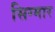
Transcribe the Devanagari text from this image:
सिग्मार